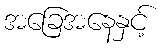
အခြေအနေနှင့်